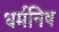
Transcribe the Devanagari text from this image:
धर्मनिष